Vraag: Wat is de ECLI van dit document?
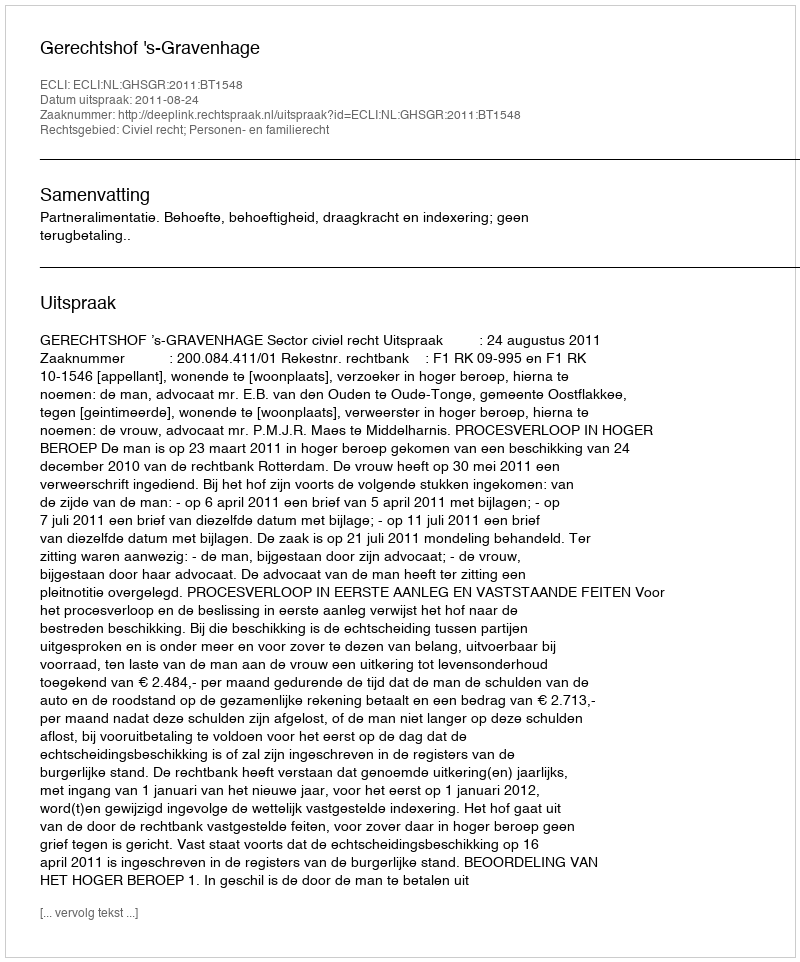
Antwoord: ECLI:NL:GHSGR:2011:BT1548